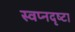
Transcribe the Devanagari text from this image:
स्‍वप्नदृष्‍टा